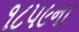
૧૮૫૯ના